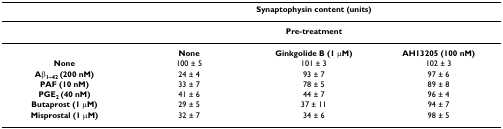
|  | <COLSPAN=3> Synaptophysin content (units) |
 | --- | --- | --- | --- |
 |  | <COLSPAN=3> Pre-treatment |
 |  | None | Ginkgolide B (1 μM) | AH13205 (100 nM) |
 | None | 100 ± 5 | 101 ± 3 | 102 ± 3 |
 | Aβ1–42 (200 nM) | 24 ± 4 | 93 ± 7 | 97 ± 6 |
 | PAF (10 nM) | 33 ± 7 | 78 ± 5 | 89 ± 8 |
 | PGE2 (40 nM) | 41 ± 6 | 44 ± 7 | 96 ± 4 |
 | Butaprost (1 μM) | 29 ± 5 | 37 ± 11 | 94 ± 7 |
 | Misprostal (1 μM) | 32 ± 7 | 34 ± 6 | 98 ± 5 |